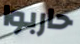
حاربوا